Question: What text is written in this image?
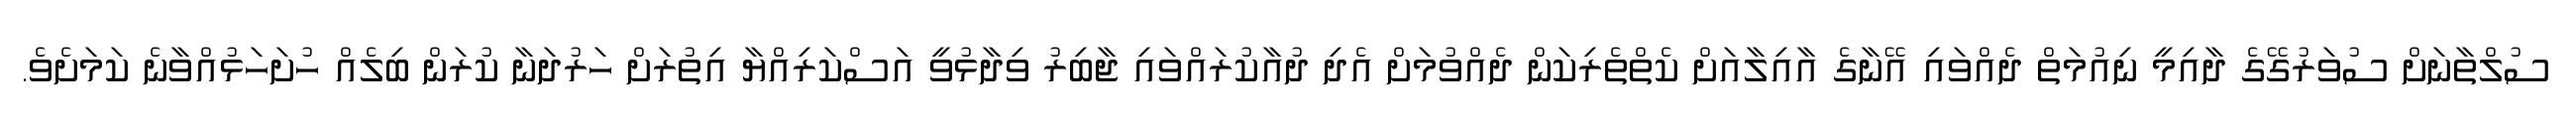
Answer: ސުލްތާނަށް ސުވަރުގޭގެ ދާއިމީ ނިއުމަތް ދެއްވައި އޭނާގެ އާއިލާއަށް ކެތްތެރިކަން ދެއްވުމަށް އެދި ދުއާކުރައްވައި ޖާބިރު ވިދާޅުވީ އަސްކަރިއްޔާ އިތުރަށް ހަރުދަނާ ކުރަން ބިލެއް ހުށަހަޅުއްވާނެ ކަމަށެވެ.